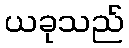
ယခုသည်